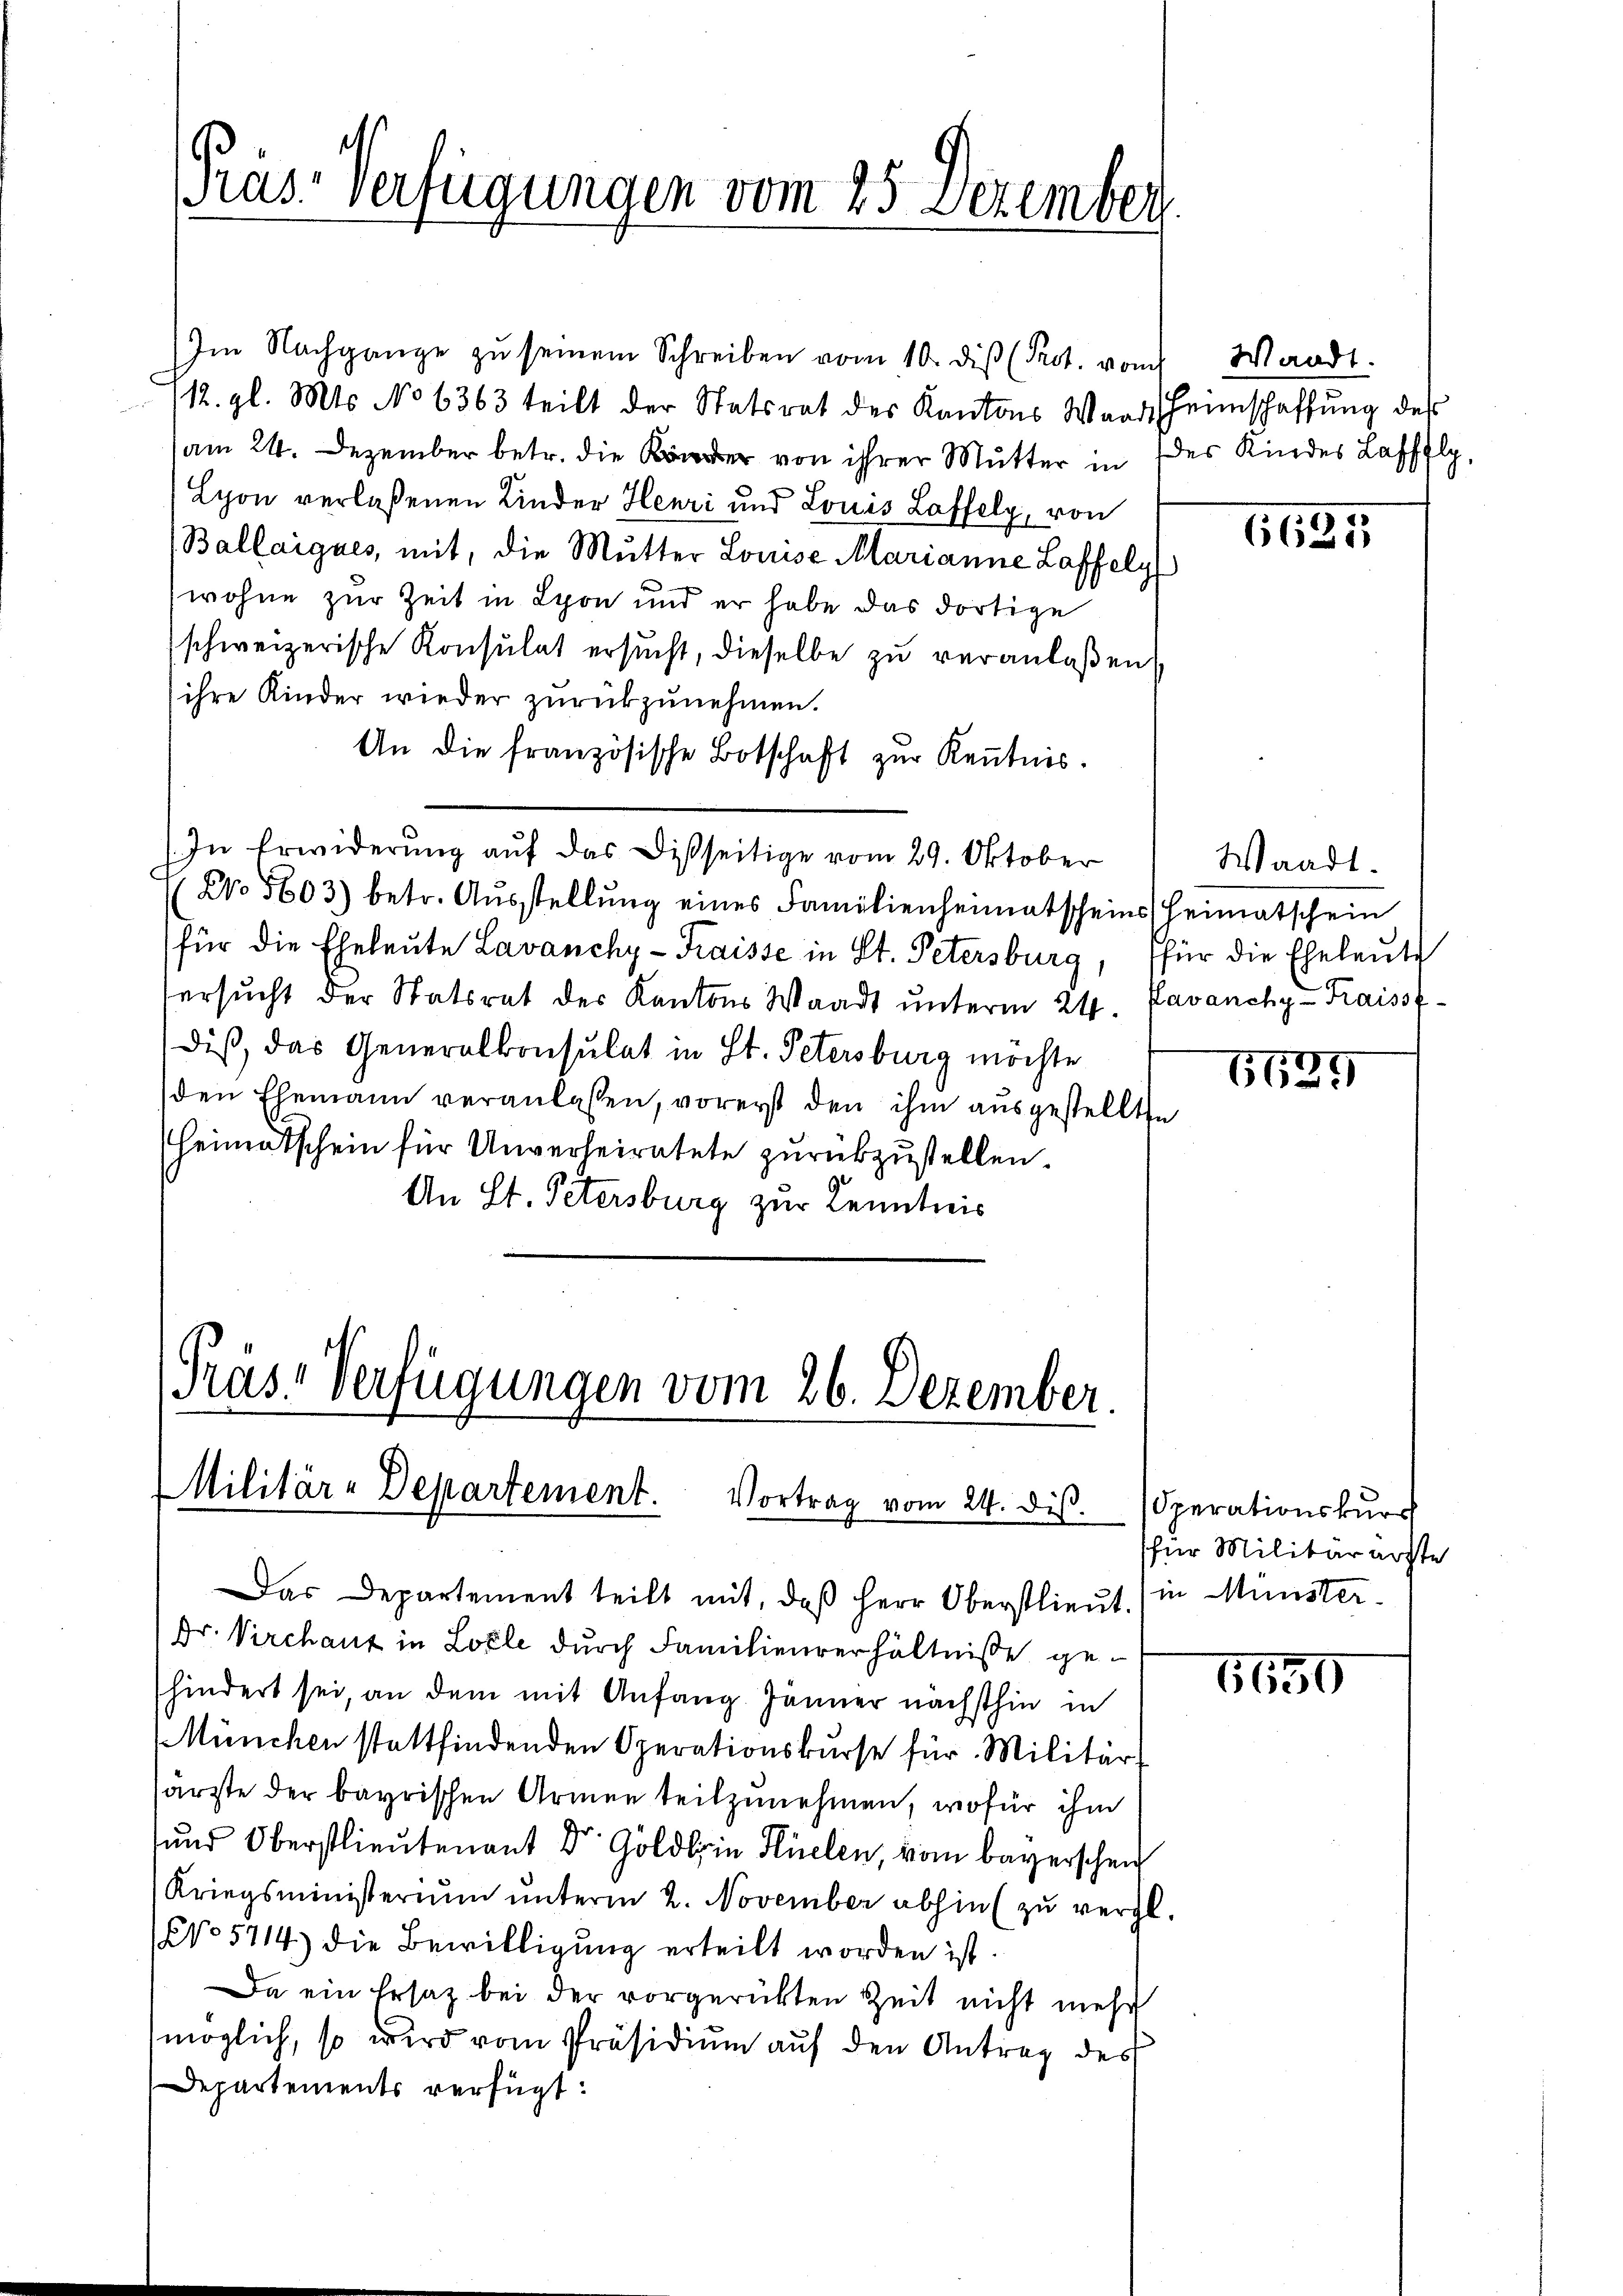
Präs. Verfügungen vom 25 Dezember

Im Nachgange zŭ seinem Schreiben vom 10. diβ (Prot. vom Waadt.
112. gl. Mts. No 6363 teilt der Statsrat des Kantons Waadt Heimschaffung des
(am 24. Dezember betr. die Kinder von ihrer Mutter in des Kindes Lafflg,
Lyon verlaßenen Kinder Henri und Louis Laffely, von
(Ballaigues, mit, die Mutter Louise Marianne Laffelg
wohne zur Zeit in Lyon und er habe das dortige
(schweizerische Konsulat ersucht, dieselbe zu veranlaßen,
ihre Kinder wieder zurückzunehmen.
An die französische Botschaft zur Kenntnis.
In Erwiderung auf das Disseitige vom 29. Oktober
 No 5603) betr. Aŭsstellŭng eines Familienheimatscheins (Heimatschein
für die Eheleute Lavanchy-Fraisse in St. Petersburg, für die Eheleute
ersucht der Statsrat der Kantons Waadt unterm 24. Javanchy-Kraisst
diß, das Generalkonsulat in St. Petersburg möchte
den Ehemann veranlassen, vorerst den ihm ausgestellte
Heimatschein für Unverheiratete zurükzustellen.
An St. Petersburg zur Kenntnis

Präs. Verfügungen vom 26. Dezember.
Militär-Departement. Vortrag vom 24. dis.

Das Departement teilt mit, daß Herr Oberstlieut.) in Münster-
Dr. Virchaut in Loele durch Familienverhältnisse gehindert sei, an dem mit Anfang Jänner nächsthin in
München stattfindenden Operationskŭrse für Militär-
särzte der bayrischen Armen teilzunehmen, wofür ihm
und Oberstlieutenant Dr Gold Helen, vom bayerschein
Kriegsministerium unterm 2. November abhin (zu vergl.
NNo. 5714) die Bewilligung erteilt worden ist.
Da ein Ersatz bei der vorgerückten Zeit nicht mehr
möglich, so wird vom Präsidium auf den Antrag des
Departements verfügt:

6625

Waadt.

6524

Operationskursf
für Militärarste

6650